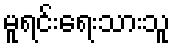
မူရင်းရေးသားသူ